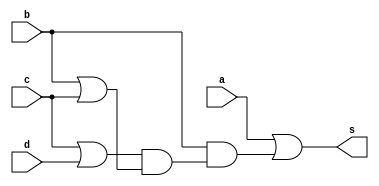
module Proyecto2
(
	input a,b,c,d,
	output s
);

assign s = a | (b & ((c | d) & (b | c)));

endmodule